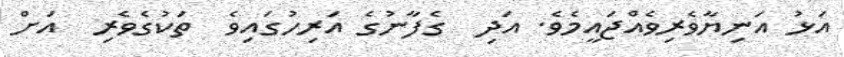
އަޅު އަނިޔާވެރިވެއްޖައީމެވެ. އަދި  ގެފާނުގެ އަރިހުގައިވެ  ތަކުގެވެރި  އަށް